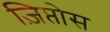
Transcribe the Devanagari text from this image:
ज़िप्तोस